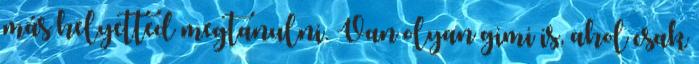
más helyetted megtanulni. Van olyan gimi is, ahol csak